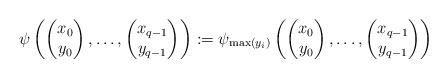
LaTeX: \begin{align*} \psi\left(\begin{pmatrix}x_0\\y_0\end{pmatrix},\ldots,\begin{pmatrix}x_{q-1}\\y_{q-1}\end{pmatrix}\right) :=\psi_{\max(y_i)}\left(\begin{pmatrix}x_0\\y_0\end{pmatrix},\ldots,\begin{pmatrix}x_{q-1}\\y_{q-1}\end{pmatrix}\right)\end{align*}